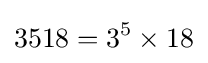
3518=3^{5}\times 18